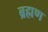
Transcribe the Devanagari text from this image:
ब्रह्मण